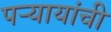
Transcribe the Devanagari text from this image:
पऱ्यायांची